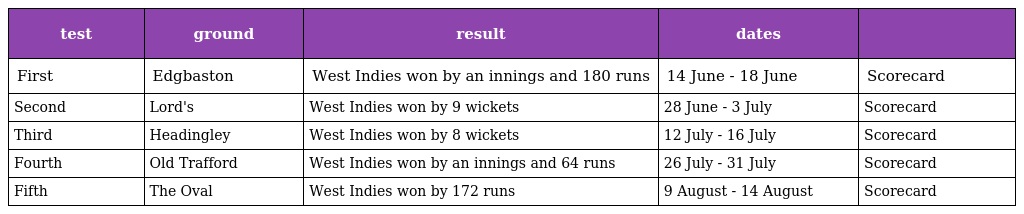
| test | ground | result | dates |  |
 | --- | --- | --- | --- | --- |
 | First | Edgbaston | West Indies won by an innings and 180 runs | 14 June - 18 June | Scorecard |
 | Second | Lord's | West Indies won by 9 wickets | 28 June - 3 July | Scorecard |
 | Third | Headingley | West Indies won by 8 wickets | 12 July - 16 July | Scorecard |
 | Fourth | Old Trafford | West Indies won by an innings and 64 runs | 26 July - 31 July | Scorecard |
 | Fifth | The Oval | West Indies won by 172 runs | 9 August - 14 August | Scorecard |